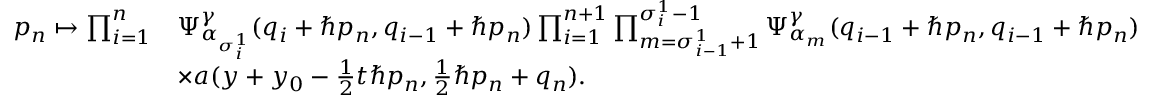
\begin{array} { r l } { p _ { n } \mapsto \prod _ { i = 1 } ^ { n } } & { \Psi _ { \alpha _ { \sigma _ { i } ^ { 1 } } } ^ { \gamma } ( q _ { i } + \hbar p _ { n } , q _ { i - 1 } + \hbar p _ { n } ) \prod _ { i = 1 } ^ { n + 1 } \prod _ { m = \sigma _ { i - 1 } ^ { 1 } + 1 } ^ { \sigma _ { i } ^ { 1 } - 1 } \Psi _ { \alpha _ { m } } ^ { \gamma } ( q _ { i - 1 } + \hbar p _ { n } , q _ { i - 1 } + \hbar p _ { n } ) } \\ & { \times a ( y + y _ { 0 } - \frac { 1 } { 2 } t \hbar p _ { n } , \frac { 1 } { 2 } \hbar p _ { n } + q _ { n } ) . } \end{array}